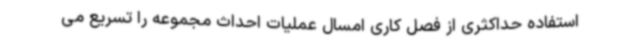
استفاده حداکثری از فصل کاری امسال عملیات احداث مجموعه را تسریع می